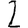
Digit: 2